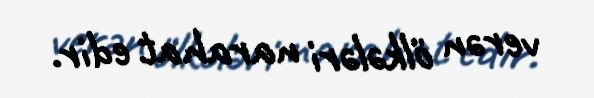
verən ölkələri narahat edir.